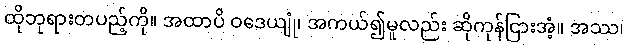
ထိုဘုရားတပည့်ကို။ အထာပိ ဝဒေယျုံ၊ အကယ်၍မူလည်း ဆိုကုန်ငြားအံ့။ အဿ၊